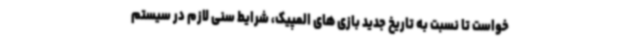
خواست تا نسبت به تاریخ جدید بازی های المپیک، شرایط سنی لازم در سیستم